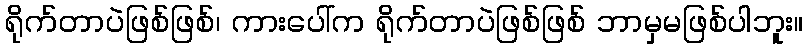
ရိုက်တာပဲဖြစ်ဖြစ်၊ ကားပေါ်က ရိုက်တာပဲဖြစ်ဖြစ် ဘာမှမဖြစ်ပါဘူး။